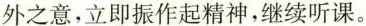
外之意，立即振作起精神，继续听课。